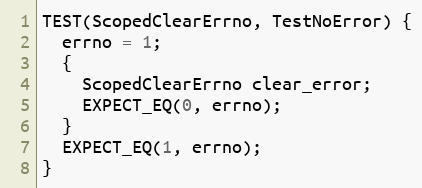
Language: C++
TEST(ScopedClearErrno, TestNoError) {
  errno = 1;
  {
    ScopedClearErrno clear_error;
    EXPECT_EQ(0, errno);
  }
  EXPECT_EQ(1, errno);
}